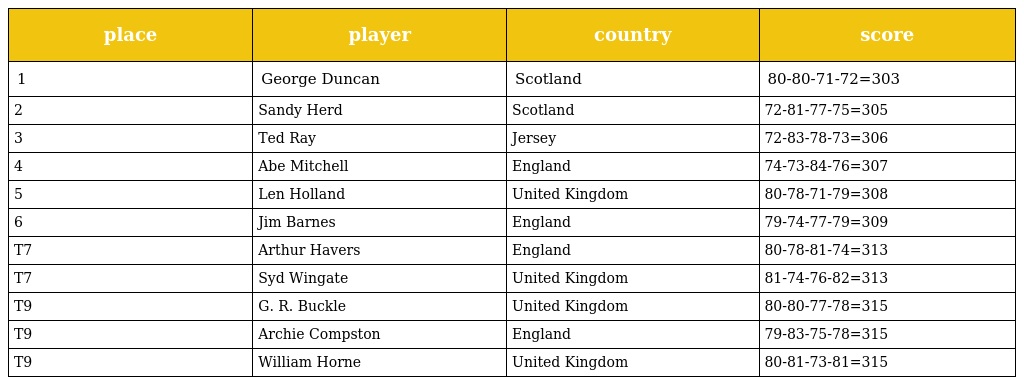
| place | player | country | score |
 | --- | --- | --- | --- |
 | 1 | George Duncan | Scotland | 80-80-71-72=303 |
 | 2 | Sandy Herd | Scotland | 72-81-77-75=305 |
 | 3 | Ted Ray | Jersey | 72-83-78-73=306 |
 | 4 | Abe Mitchell | England | 74-73-84-76=307 |
 | 5 | Len Holland | United Kingdom | 80-78-71-79=308 |
 | 6 | Jim Barnes | England | 79-74-77-79=309 |
 | T7 | Arthur Havers | England | 80-78-81-74=313 |
 | T7 | Syd Wingate | United Kingdom | 81-74-76-82=313 |
 | T9 | G. R. Buckle | United Kingdom | 80-80-77-78=315 |
 | T9 | Archie Compston | England | 79-83-75-78=315 |
 | T9 | William Horne | United Kingdom | 80-81-73-81=315 |